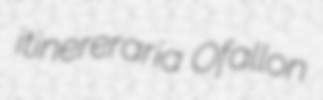
itinereraria Ofallon